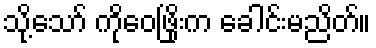
သို့သော် ကိုဝေဖြိုးက ခေါင်းမညိတ်။